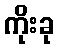
ကိုးခု